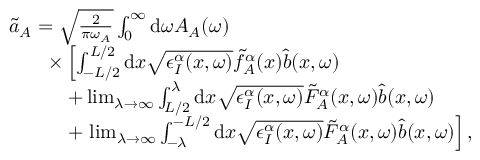
\begin{array} { r l } & { \tilde { a } _ { A } = \sqrt { \frac { 2 } { \pi \omega _ { A } } } \int _ { 0 } ^ { \infty } \mathrm { d } \omega A _ { A } ( \omega ) } \\ & { \qquad \times \left[ \int _ { - L / 2 } ^ { L / 2 } \mathrm { d } x \sqrt { \epsilon _ { I } ^ { \alpha } ( x , \omega ) } \tilde { f } _ { A } ^ { \alpha } ( x ) \hat { b } ( x , \omega ) \right. } \\ & { \qquad \quad + \operatorname* { l i m } _ { \lambda \to \infty } \int _ { L / 2 } ^ { \lambda } \mathrm { d } x \sqrt { \epsilon _ { I } ^ { \alpha } ( x , \omega ) } \tilde { F } _ { A } ^ { \alpha } ( x , \omega ) \hat { b } ( x , \omega ) } \\ & { \qquad \quad + \left. \operatorname* { l i m } _ { \lambda \to \infty } \int _ { - \lambda } ^ { - L / 2 } \mathrm { d } x \sqrt { \epsilon _ { I } ^ { \alpha } ( x , \omega ) } \tilde { F } _ { A } ^ { \alpha } ( x , \omega ) \hat { b } ( x , \omega ) \right] , } \end{array}